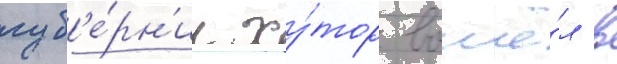
губ'е́рн'ии ху́тор вошё́л в